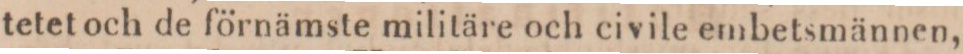
tetet och de förnämste militäre och civile embetsmännen,